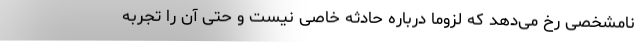
نامشخصی رخ می‌دهد که لزوما درباره حادثه خاصی نیست و حتی آن را تجربه